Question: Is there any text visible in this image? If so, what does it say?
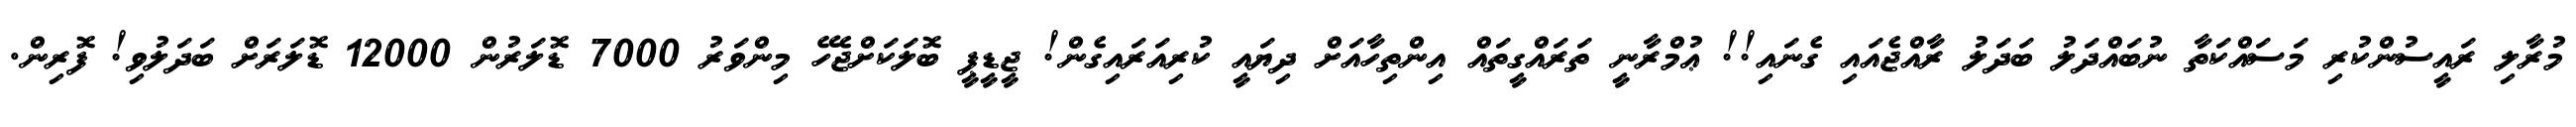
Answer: މުރާލި ރައީސުންކުރި މަސައްކަތާ ނުބައްދަލު ބަދަލު ރާއްޖެއައި ގެނައި!! ޢުމްރާނީ ތަރައްގީތައް އިންތިހާއަށް ދިޔައީ ކުރިއަރައިގެން! ޖީޑީޕީ ބޮލަކަށްޖެހޭ މިންވަރު 7000 ޑޮލަރުން 12000 ޑޮލަރަށް ބަދަލުވި! ފޮރިން.